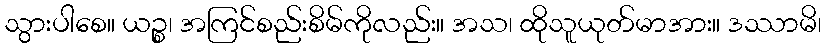
သွားပါစေ။ ယဉ္စ၊ အကြင်စည်းစိမ်ကိုလည်း။ အသ၊ ထိုသူယုတ်မာအား။ ဒဿာမိ၊